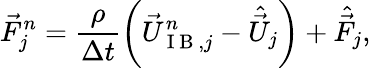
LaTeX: \vec{F}_{j}^{n}=\frac{\rho}{\Delta t}\left(\vec{U}_{\mathrm{~I~B~},j}^{n}-\hat{\vec{U}}_{j}\right)+\hat{\vec{F}}_{j},